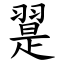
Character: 翨